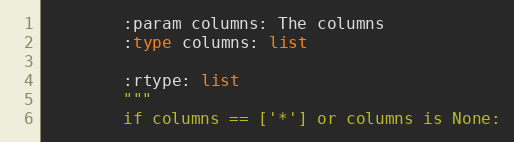
Language: Python
        :param columns: The columns
        :type columns: list

        :rtype: list
        """
        if columns == ['*'] or columns is None: